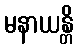
မနာယန္တိ